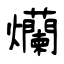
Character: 爤